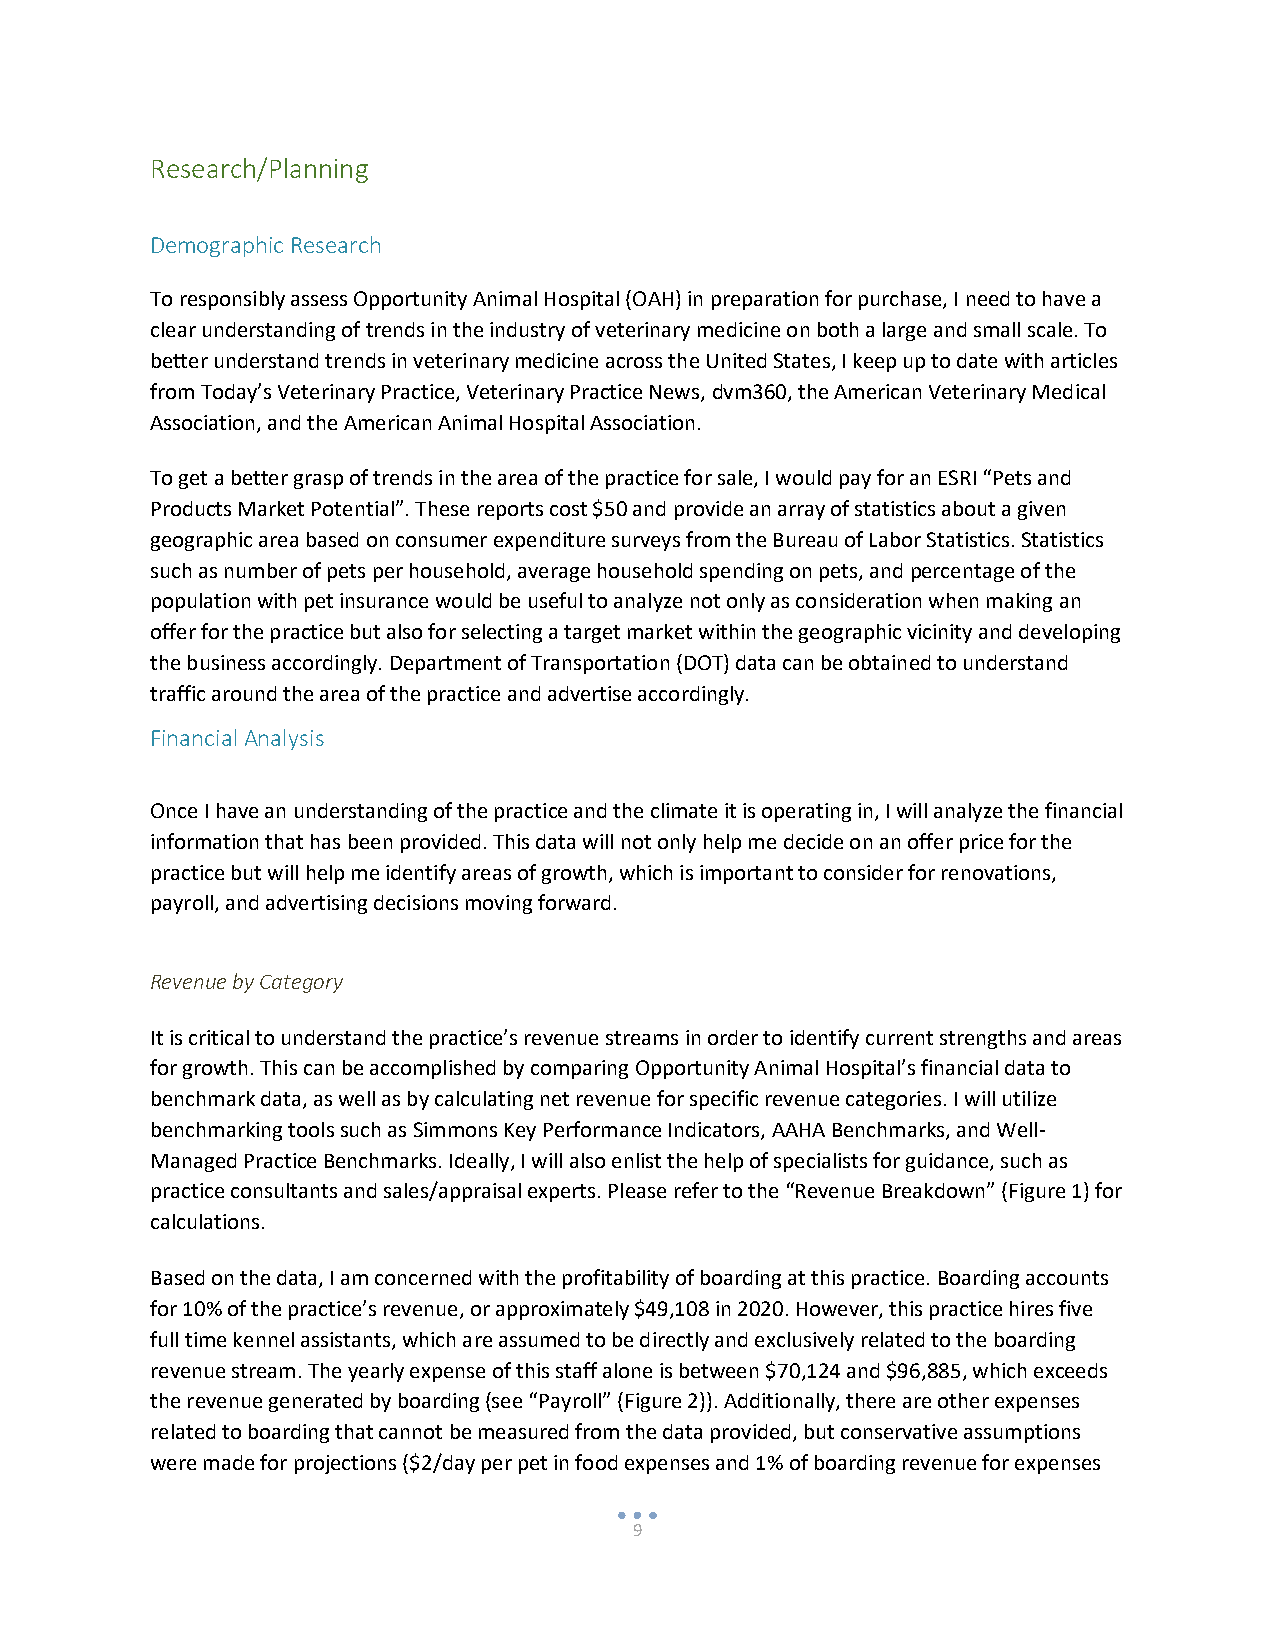
Research/Planning
 Demographic Research
 To responsibly assess Opportunity Animal Hospital (OAH) in preparation for purchase, I need to have a
 clear understanding of trends in the industry of veterinary medicine on both a large and small scale. To
 better understand trends in veterinary medicine across the United States, I keep up to date with articles
 from Today’s Veterinary Practice, Veterinary Practice News, dvm360, the American Veterinary Medical
 Association, and the American Animal Hospital Association.
 To get a better grasp of trends in the area of the practice for sale, I would pay for an ESRI “Pets and
 Products Market Potential”. These reports cost $50 and provide an array of statistics about a given
 geographic area based on consumer expenditure surveys from the Bureau of Labor Statistics. Statistics
 such as number of pets per household, average household spending on pets, and percentage of the
 population with pet insurance would be useful to analyze not only as consideration when making an
 offer for the practice but also for selecting a target market within the geographic vicinity and developing
 the business accordingly. Department of Transportation (DOT) data can be obtained to understand
 traffic around the area of the practice and advertise accordingly.
 Financial Analysis
 Once I have an understanding of the practice and the climate it is operating in, I will analyze the financial
 information that has been provided. This data will not only help me decide on an offer price for the
 practice but will help me identify areas of growth, which is important to consider for renovations,
 payroll, and advertising decisions moving forward.
 Revenue by Category
 It is critical to understand the practice’s revenue streams in order to identify current strengths and areas
 for growth. This can be accomplished by comparing Opportunity Animal Hospital’s financial data to
 benchmark data, as well as by calculating net revenue for specific revenue categories. I will utilize
 benchmarking tools such as Simmons Key Performance Indicators, AAHA Benchmarks, and Well-
 Managed Practice Benchmarks. Ideally, I will also enlist the help of specialists for guidance, such as
 practice consultants and sales/appraisal experts. Please refer to the “Revenue Breakdown” (Figure 1) for
 calculations.
 Based on the data, I am concerned with the profitability of boarding at this practice. Boarding accounts
 for 10% of the practice’s revenue, or approximately $49,108 in 2020. However, this practice hires five
 full time kennel assistants, which are assumed to be directly and exclusively related to the boarding
 revenue stream. The yearly expense of this staff alone is between $70,124 and $96,885, which exceeds
 the revenue generated by boarding (see “Payroll” (Figure 2)). Additionally, there are other expenses
 related to boarding that cannot be measured from the data provided, but conservative assumptions
 were made for projections ($2/day per pet in food expenses and 1% of boarding revenue for expenses
 9